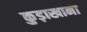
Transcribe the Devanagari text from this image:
कुड़ाखाना